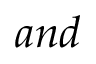
a n d